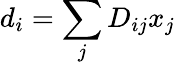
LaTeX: d_{i}=\sum_{j}D_{ij}x_{j}